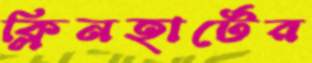
ক্লিনহার্টের